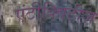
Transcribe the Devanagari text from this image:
एंटीक्विटीज़